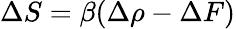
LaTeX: \Delta S=\beta(\Delta\rho-\Delta F)